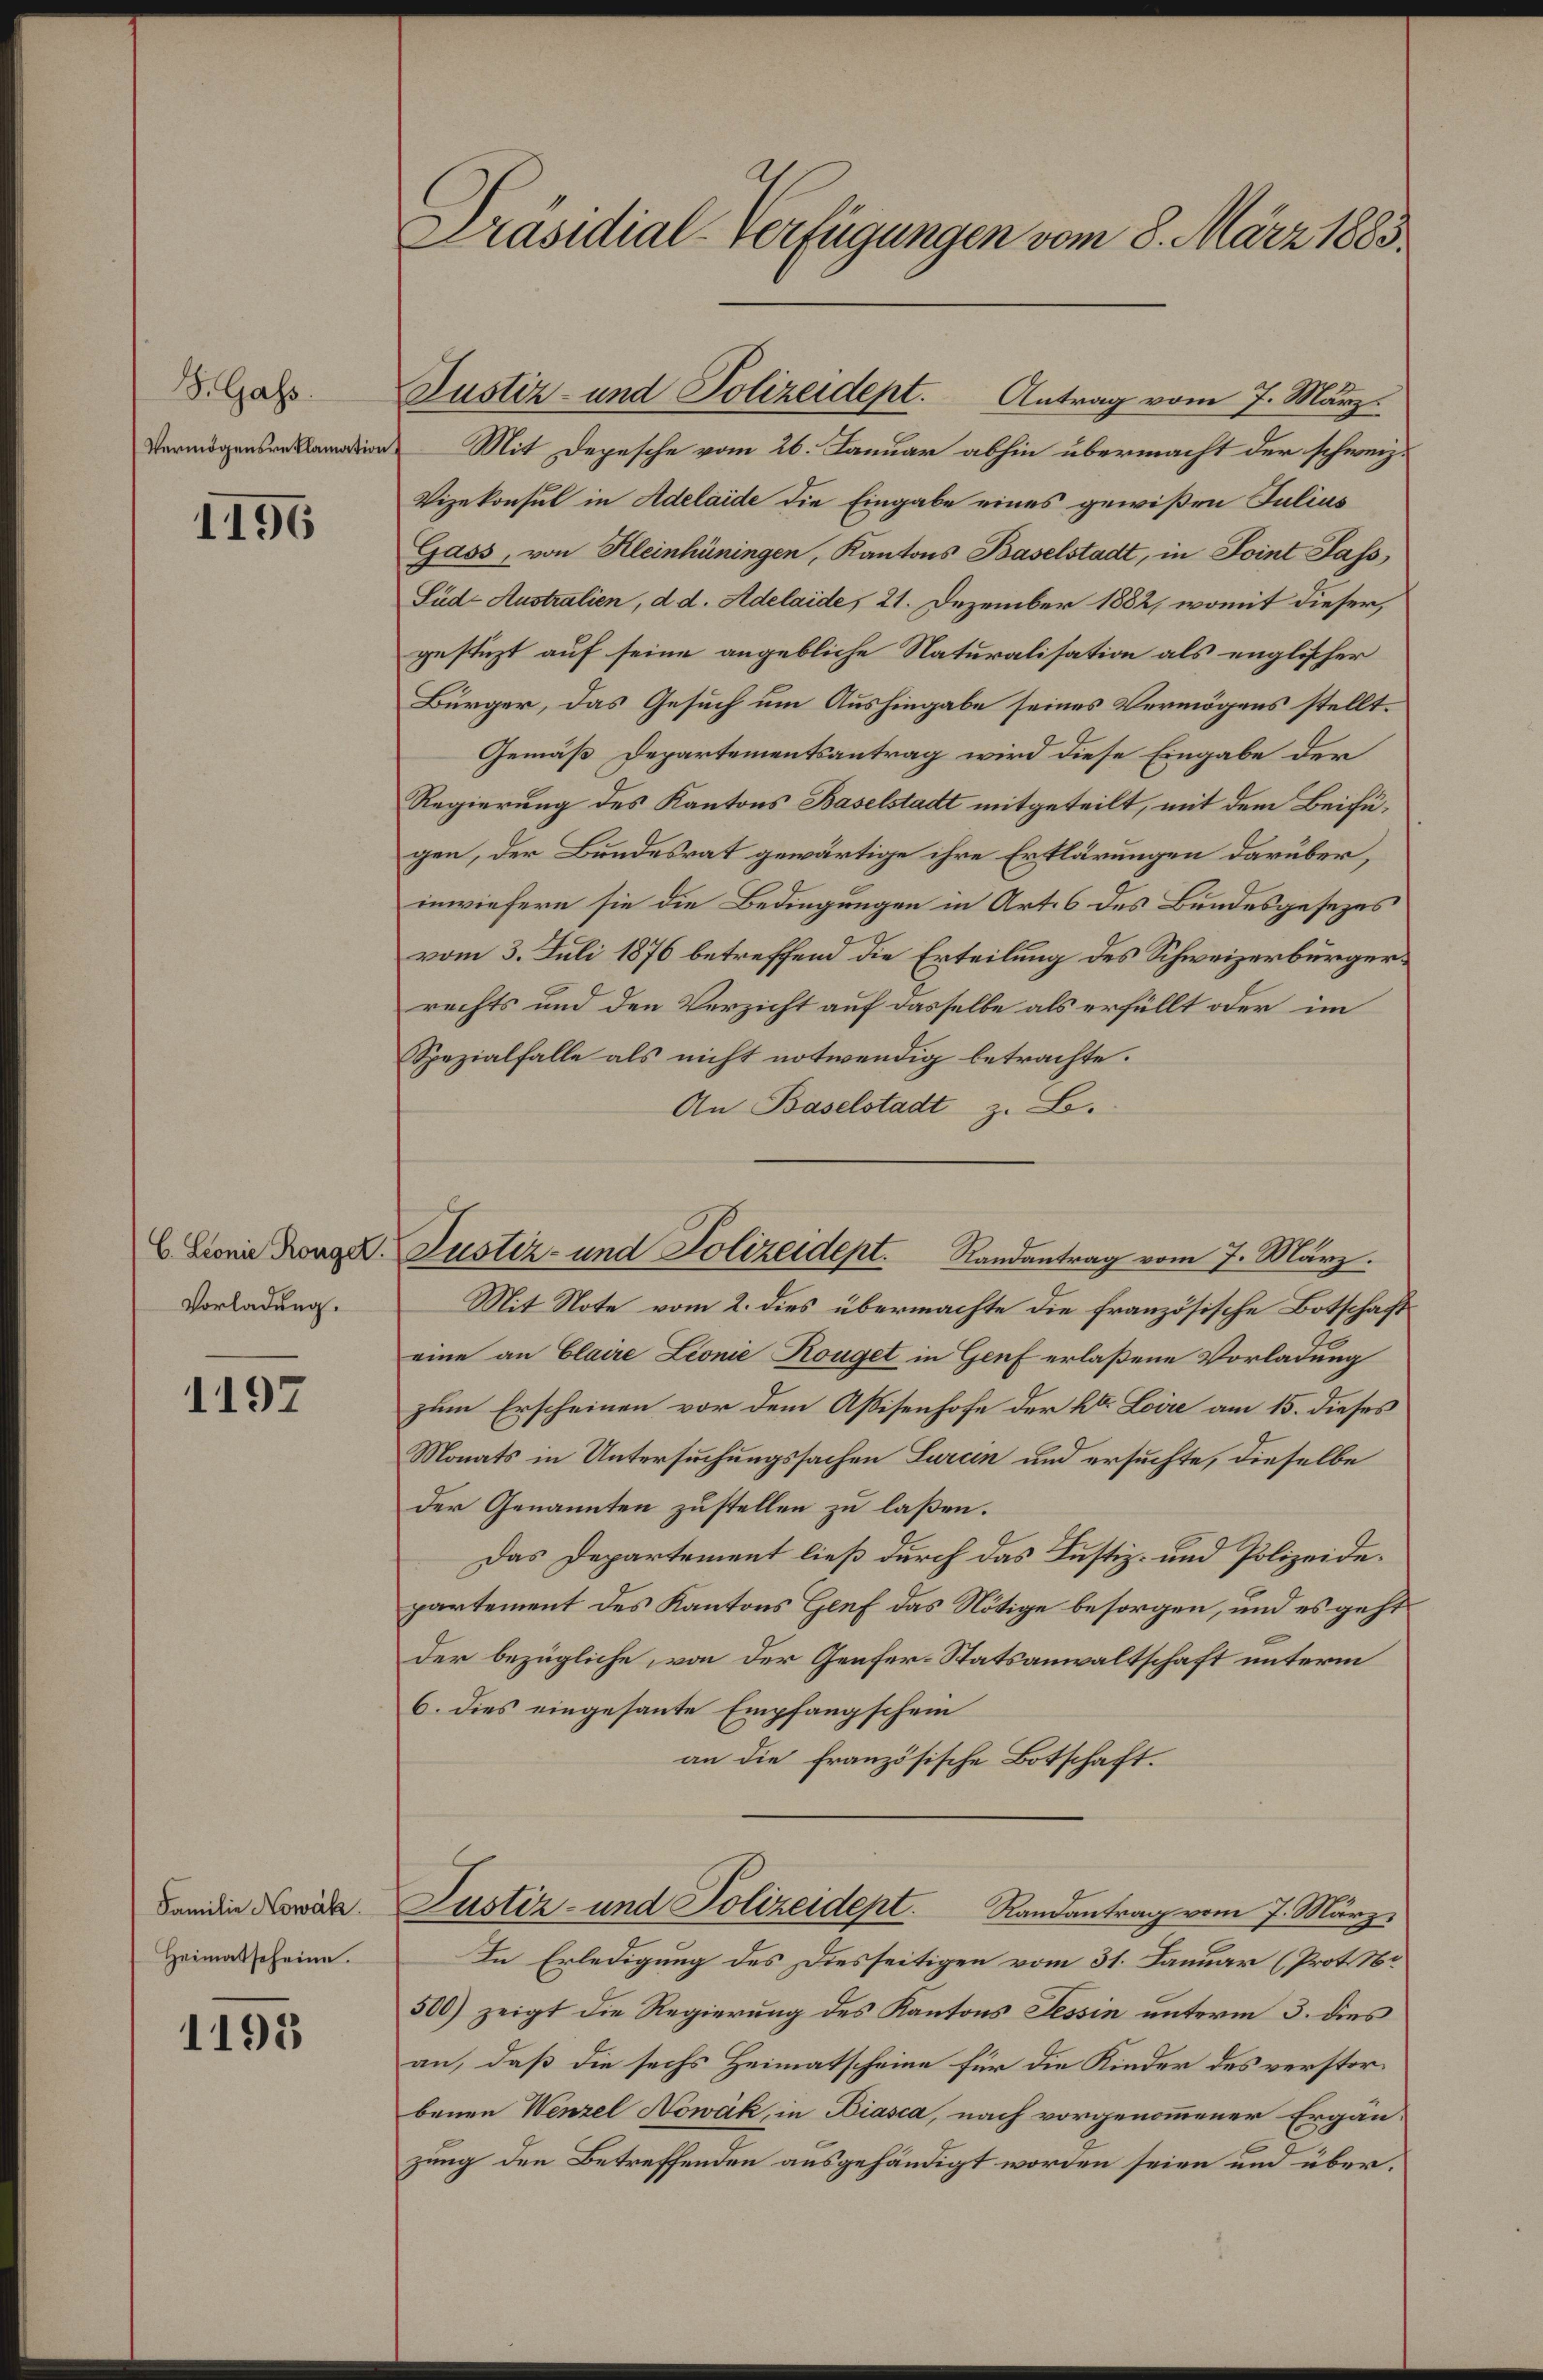
S. Gass.
Vermögensreklamation

1196

Vorladung.

1197

Familie Nowak
Heimatscheine.

1195

Präsidial-Verfügungen vom 8. März 1883.

e
Mit Depesche vom 26. Januar abhin übermacht der schweiz.
Vizekonsul in Adelaide die Eingabe eines gewißen Julius
Gass, von Kleinhüningen, Kantons Baselstadt, in Point Sass,
Süd Australien, d. d. Adelaide, 21. Dezember 1882, womit dieser,
gestüzt auf seine angebliche Naturalisation als englischer
Bürger, das Gesuch um Aushingabe seines Vermögens stellt.
Gemäß Departementsantrag wird diese Eingabe der
Regierung des Kantons Baselstadt mitgeteilt, mit dem Beifügen, der Bundesrat gewärtige ihre Erklärungen darüber,
inwiefern sie die Bedingungen in Art. 6 des Bundesgesezes
vom 3. Juli 1876 betreffend die Erteilung des Schweizerbürgerrechts und den Verzicht auf dasselbe als erfüllt oder im
Spezialfalle als nicht notwendig betrachte.
An Baselstadt z. B.
Mit Note vom 2. dies übermachte die französische Botschaft
eine an Claire Leonie Konget in Genf erlaßene Vorladung
zum Erscheinen vor dem Assisenhofe der kter Loire am 15. dieses
Monats in Untersuchungssachen Lurcin und ersuchte, dieselbe
der Genannten zustellen zu laßen.
Das Departement ließ durch das Justiz- und Polizeidepartement des Kantons Genf das Nötige besorgen, und es geht
der bezügliche, von der Genfer-Statsanwaltschaft unterm
6. dies eingesante Empfangschein
an die französische Botschaft.
Justiz- und Polizeidept. Randantrag vom 7. März.
In Erledigung des Diesseitigen vom 31. Januar (Prot. N.
500) zeigt die Regierung des Kantons Tessin unterm 3. dies
an, daß die sechs Heimatscheine für die Kinder des verstorbenen Wenzel Nowak, in Biasca, nach vorgenommener Ergän-
zung den Betreffenden ausgehändigt worden seien und über¬

Justiz- und Polizeidept. Antrag vom 7. März.

E Lionie Kong. Justiz- und Polizeidept. Randantrag vom 7. März.